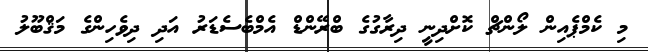
މި ކެމްޕެއިން ލޯންޗް ކޮށްދިނީ ދިރާގުގެ ބްރޭންޑް އެމްބެސެޑަރު އަދި ދިވެހިންގެ މަޤްބޫލު